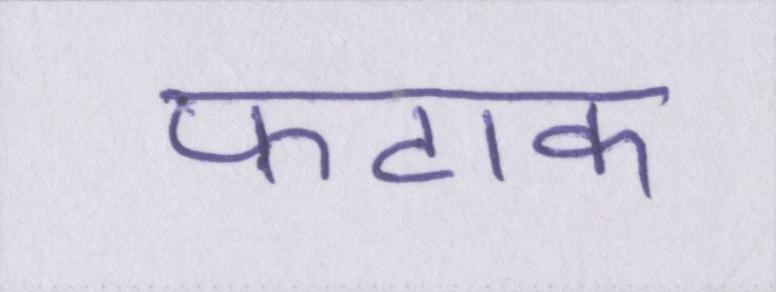
फटाक